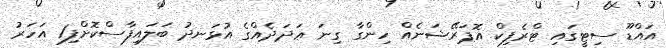
އައްޑޫ ސިޓީގައި ޓްރެފިކް އޮޕަރޭޝަނެއް ހިންގާ ގިނަ ޢަދަދެއްގެ އުޅަނދު ބަލައިފާސްކޮށްފި1 އަހަރު